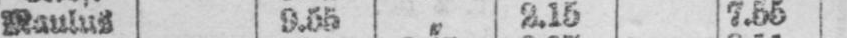
Maulus 9.55 „ 2.15 7.55